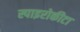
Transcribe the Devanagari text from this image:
स्पाइरोकीटा